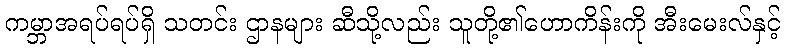
ကမ္ဘာအရပ်ရပ်ရှိ သတင်း ဌာနများ ဆီသို့လည်း သူတို့၏ဟောကိန်းကို အီးမေးလ်နှင့်